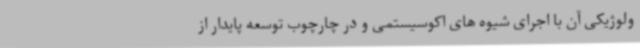
ولوژیکی آن با اجرای شیوه های اکوسیستمی و در چارچوب توسعه پایدار از